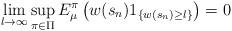
LaTeX: \begin{align*}\lim\limits_{l\to\infty}\sup_{\pi\in \Pi} E^\pi_\mu\left(w(s_n)1_{\{ w(s_n)\ge l\}}\right)=0\end{align*}